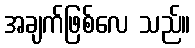
အချက်ဖြစ်လေ သည်။